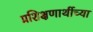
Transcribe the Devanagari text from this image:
प्रशिक्षणार्थीच्या